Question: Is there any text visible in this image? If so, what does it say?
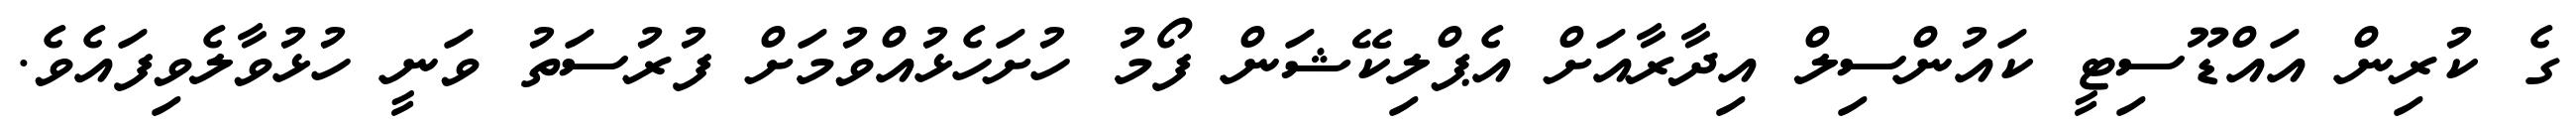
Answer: ގެ ކުރިން އައްޑޫސިޓީ ކައުންސިލް އިދާރާއަށް އެޕްލިކޭޝަން ފޯމު ހުށަހެޅުއްވުމަށް ފުރުސަތު ވަނީ ހުޅުވާލެވިފައެވެ.